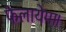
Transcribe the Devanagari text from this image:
फैलायेगा।